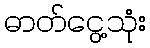
ဓာတ်ငွေ့သုံး